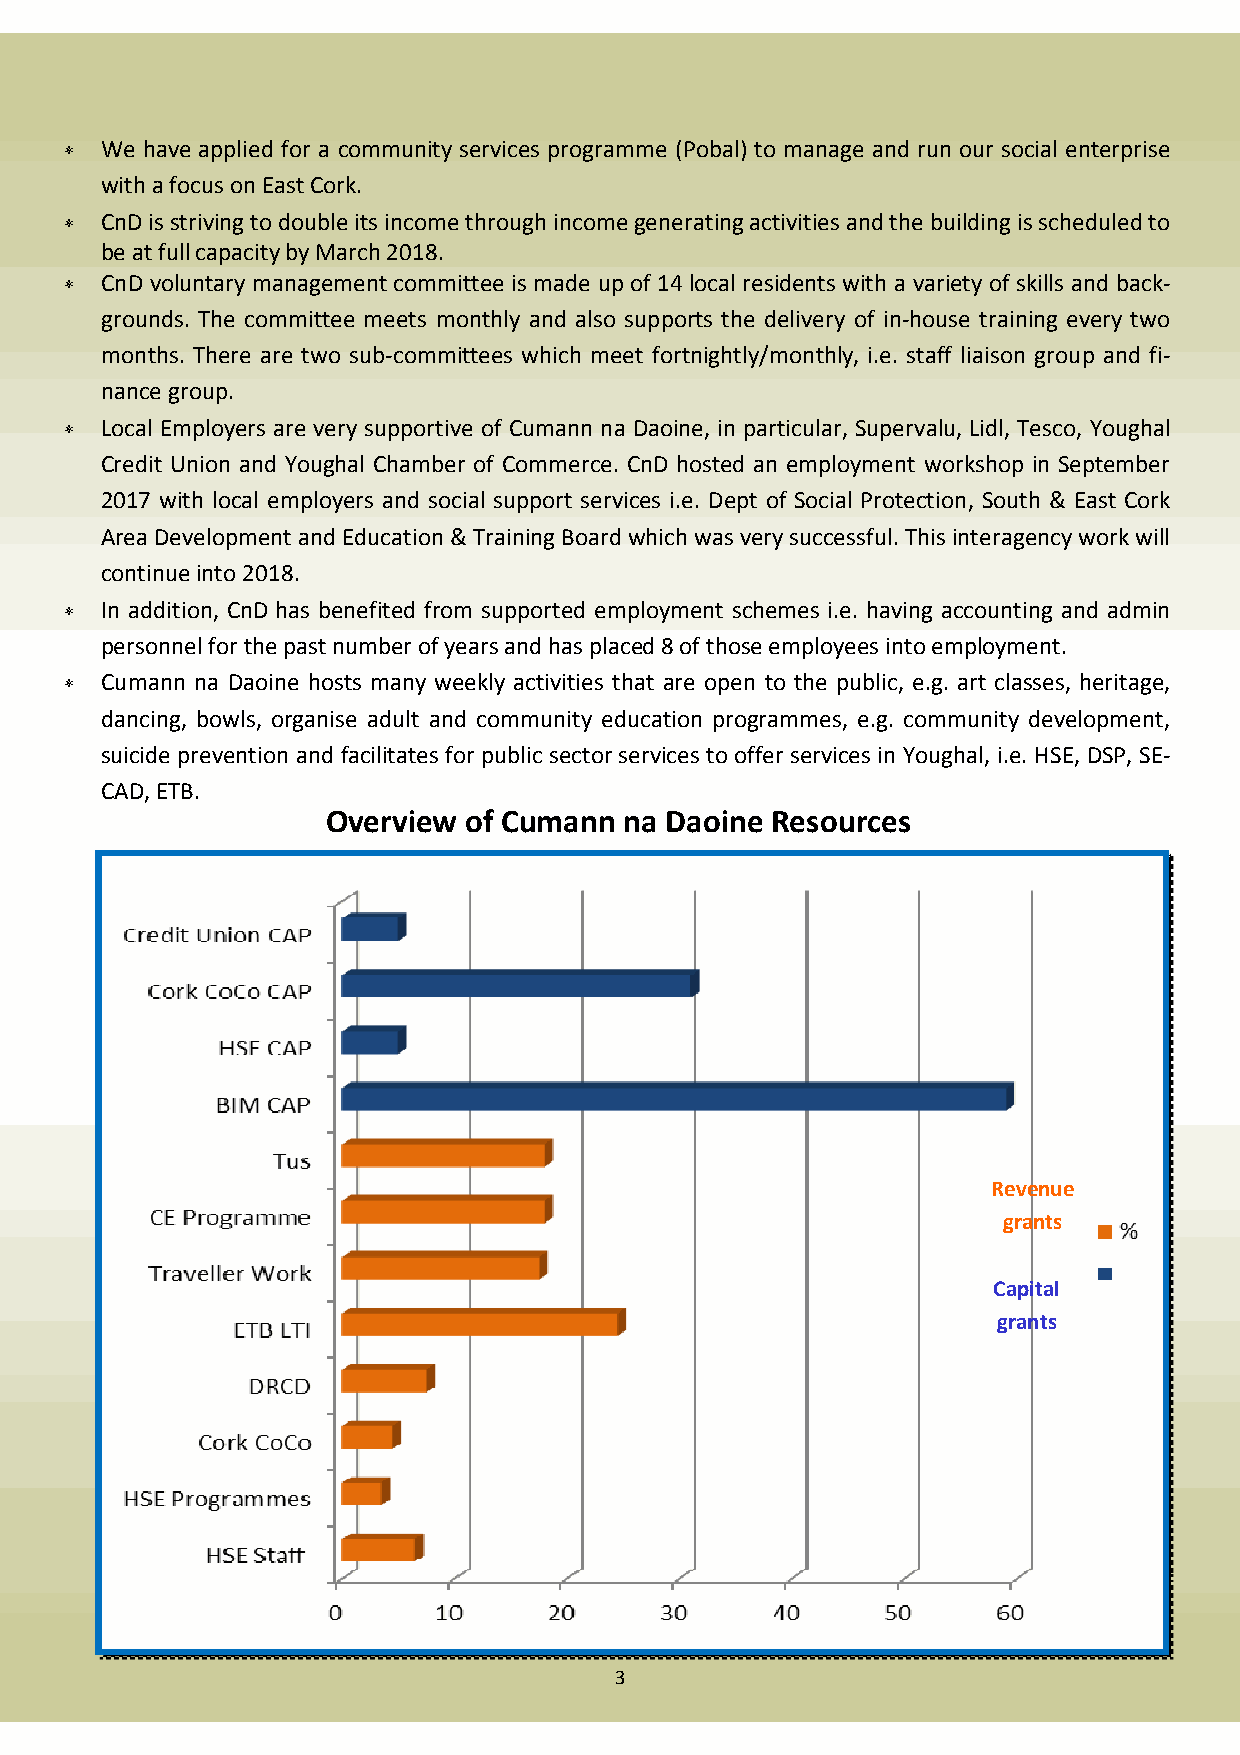
∗  We have applied for a community services programme (Pobal) to manage and run our social enterprise
 with a focus on East Cork.
 ∗  CnD is striving to double its income through income generating activities and the building is scheduled to
 be at full capacity by March 2018.
 ∗  CnD voluntary management committee is made up of 14 local residents with a variety of skills and back-
 grounds. The committee meets monthly and also supports the delivery of in-house training every two
 months. There are two sub-committees which meet fortnightly/monthly, i.e. staff liaison group and fi-
 nance group.
 ∗  Local Employers are very supportive of Cumann na Daoine, in particular, Supervalu, Lidl, Tesco, Youghal
 Credit Union and Youghal Chamber of Commerce. CnD hosted an employment workshop in September
 2017 with local employers and social support services i.e. Dept of Social Protection, South & East Cork
 Area Development and Education & Training Board which was very successful. This interagency work will
 continue into 2018.
 ∗  In addition, CnD has benefited from supported employment schemes i.e. having accounting and admin
 personnel for the past number of years and has placed 8 of those employees into employment.
 ∗  Cumann na Daoine hosts many weekly activities that are open to the public, e.g. art classes, heritage,
 dancing, bowls, organise adult and community education programmes, e.g. community development,
 suicide prevention and facilitates for public sector services to offer services in Youghal, i.e. HSE, DSP, SE-
 CAD, ETB.
 Overview of Cumann na Daoine Resources
 Revenue
 grants
 Capital
 grants
 3